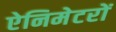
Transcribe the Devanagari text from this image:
ऐनिमेटरों